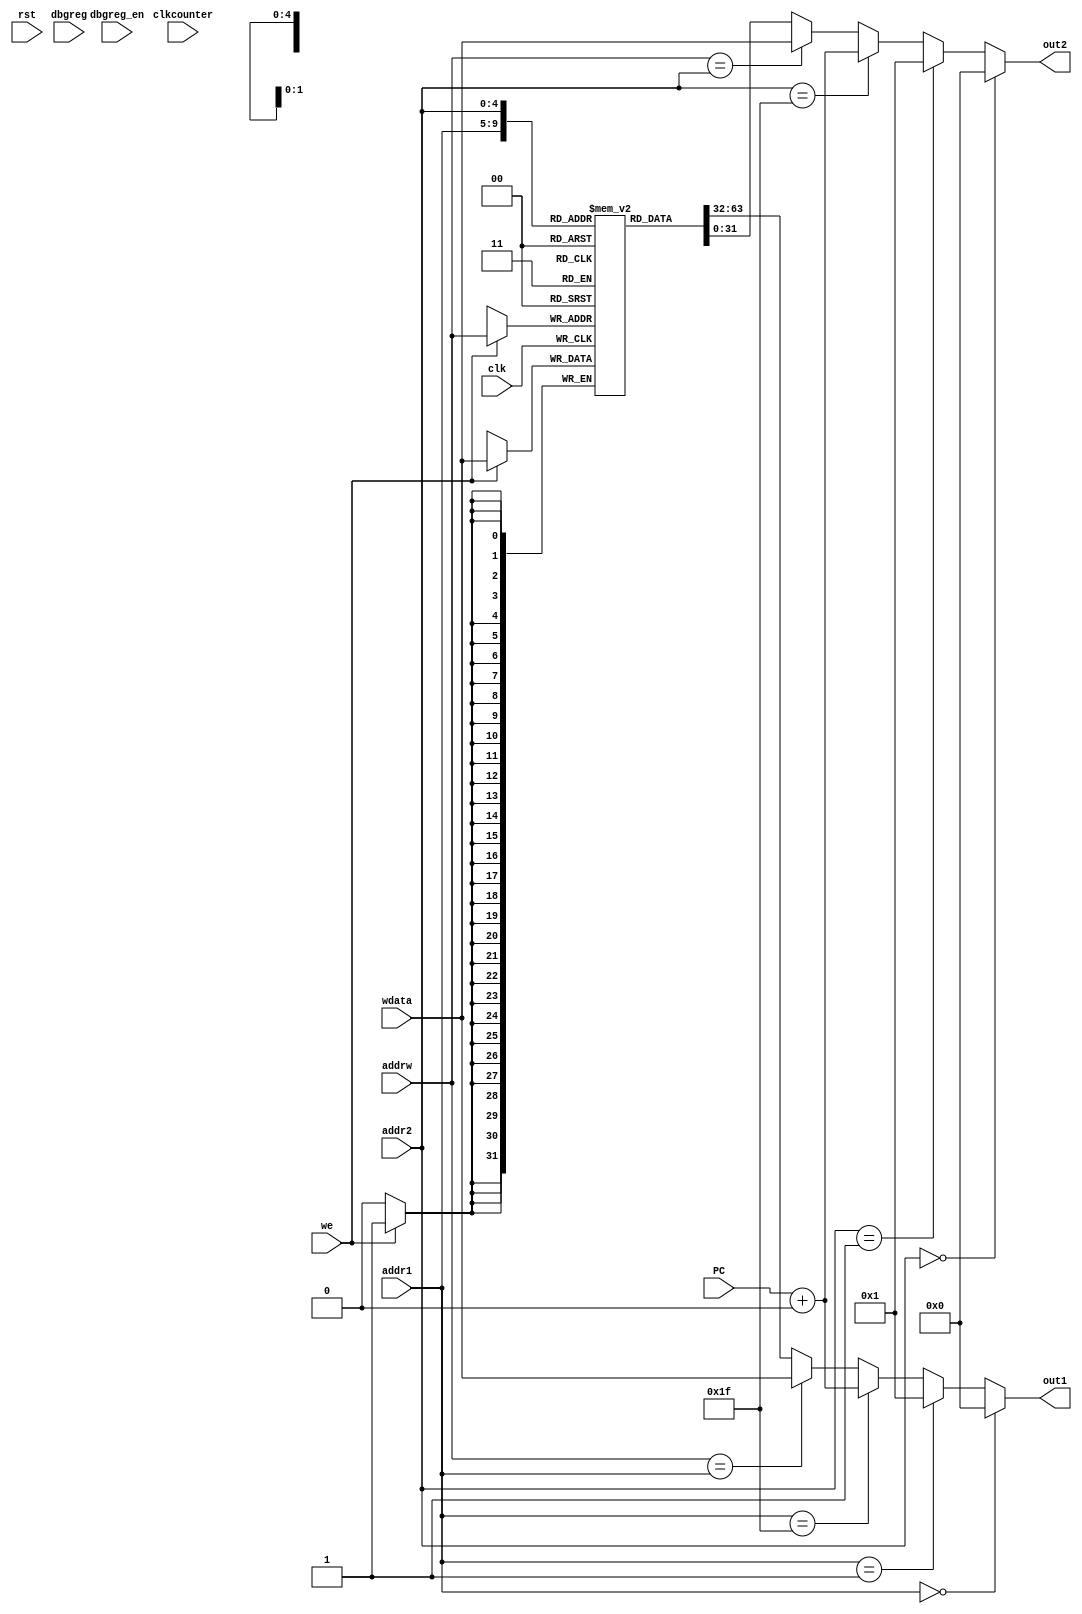
module regfile
             #(parameter [0:0] MICROOPS_ENABLED = 1)
              (input clk,
               input             rst,

               input [31:0]      PC,

               input [4:0]       addr1,
               input [4:0]       addr2,

               input [4:0]       addrw,

`ifdef  REGFILE_REGISTERED_OUT
               output reg [31:0] out1,
               output reg [31:0] out2,
`else
               output [31:0]     out1,
               output [31:0]     out2,
`endif

               input [4:0]       dbgreg,
               input             dbgreg_en,

               input [31:0]      wdata,
               input             we,
               input [31:0]      clkcounter);

   reg [31:0]                   mem [0:31];

   wire [31:0]                  out1_next;
   wire [31:0]                  out2_next;

// PC+1 if microops enabled, otherwise PC+2

   wire [31:0]                   delta1;
   wire [31:0]                   delta2;
   

   assign delta1 = MICROOPS_ENABLED?1:2;
`ifdef REGFILE_REGISTERED_OUT
   assign delta2 = 0;
`else
   assign delta2 = -1;
`endif
   
   assign out1_next = addr1==0?0:
                      (addr1==1?1:
                       (addr1==31?(PC+(delta1+delta2)):
                        (addrw==addr1?wdata:mem[addr1])));
   assign out2_next = addr2==0?0:
                      (addr2==1?1:
                       (addr2==31?(PC+(delta1+delta2)):
                        (addrw==addr2?wdata:mem[addr2])));

`ifndef  REGFILE_REGISTERED_OUT
   assign out1 = out1_next;
   assign out2 = out2_next;
`endif
   
   always @(posedge clk)
      begin
        if (we) begin
           mem[addrw] <= wdata;
        end
`ifdef  REGFILE_REGISTERED_OUT
         out1 <= out1_next;
         out2 <= out2_next;
`endif
         if (dbgreg_en)
           $write("[R%0d=%0d]", dbgreg, mem[dbgreg]);
      end
   
endmodule